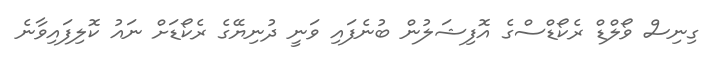
ގިނިސް ވޯލްޑް ރެކޯޑްސްގެ އޮފިޝަލުން ބުނެފައި ވަނީ ދުނިޔޭގެ ރެކޯޑަށް ނައު ކޮލިފައިވާނެ